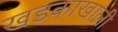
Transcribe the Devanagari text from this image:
खडकाखाली